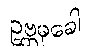
ဥဗ္ဘမုခေါ